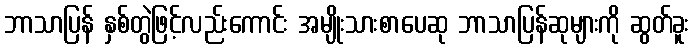
ဘာသာပြန် နှစ်တွဲဖြင့်လည်းကောင်း အမျိုးသားစာပေဆု ဘာသာပြန်ဆုများကို ဆွတ်ခူး